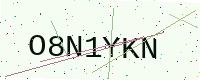
Text: O8N1YKN